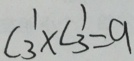
C _ { 3 } ^ { 1 } \times C _ { 3 } ^ { 1 } = 9